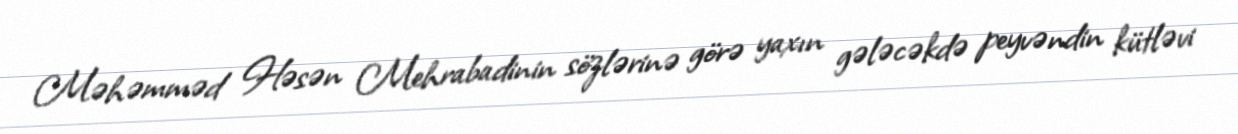
Məhəmməd Həsən Mehrabadinin sözlərinə görə yaxın gələcəkdə peyvəndin kütləvi